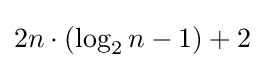
2n\cdot (\log _{2}n-1)+2